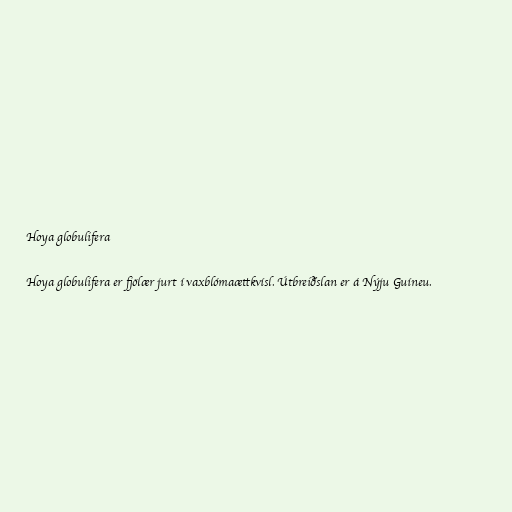
Hoya globulifera

Hoya globulifera er fjölær jurt í vaxblómaættkvísl. Útbreiðslan er á Nýju Guíneu.